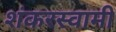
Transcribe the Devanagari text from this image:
शंकरस्वामी